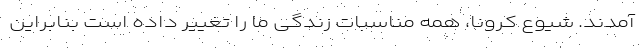
آمدند. شیوع کرونا، همه مناسبات زندگی ما را تغییر داده است بنابراین